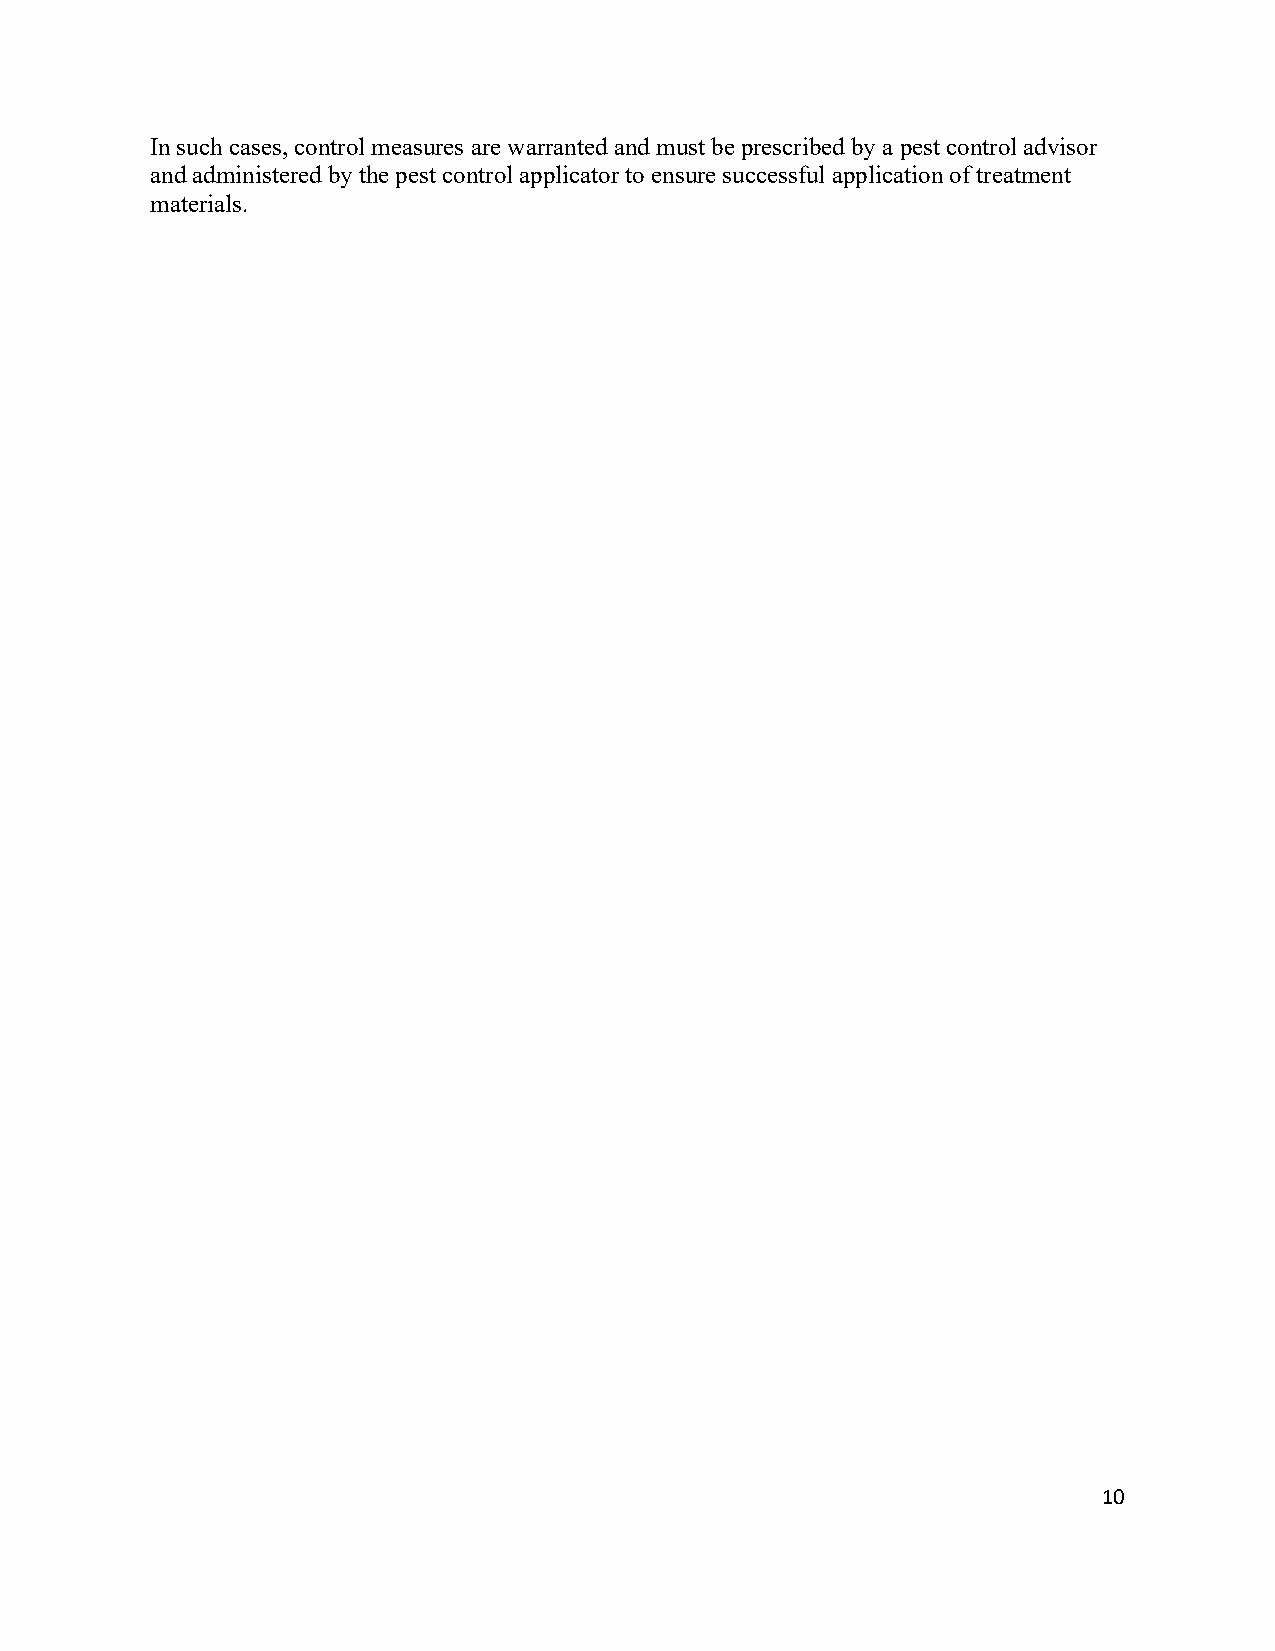
In such cases, control measures are warranted and must be prescribed by a pest control advisor
 and administered by the pest control applicator to ensure successful application of treatment
 materials.
 10